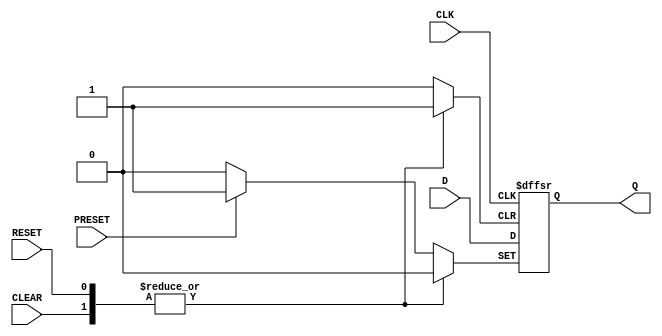
module DFF (
    input D, // Data input
    input CLK, // Clock input
    input RESET, // Reset input
    input PRESET, // Preset input
    input CLEAR, // Clear input
    output reg Q // Data output
);

always @ (posedge CLK or posedge RESET or posedge PRESET or posedge CLEAR) begin
    if (RESET) begin
        Q <= 1'b0; // Reset to predefined state
    end
    else if (PRESET) begin
        Q <= 1'b1; // Set to predefined value
    end
    else if (CLEAR) begin
        Q <= 1'b0; // Set to predefined value
    end
    else begin
        Q <= D; // Update stored value
    end
end

endmodule